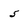
Character: 5